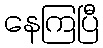
နေကြပြီ